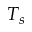
T _ { s }